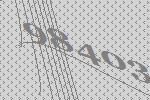
98403